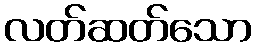
လတ်ဆတ်သော